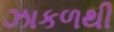
ઝાકળથી